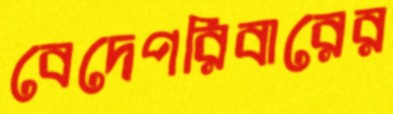
বেদেপরিবারের